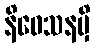
နိဝေသနမှိ